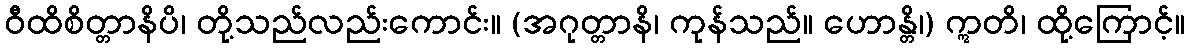
ဝီထိစိတ္တာနိပိ၊ တို့သည်လည်းကောင်း။ (အဂုတ္တာနိ၊ ကုန်သည်။ ဟောန္တိ၊) ဣတိ၊ ထို့ကြောင့်။